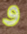
و